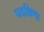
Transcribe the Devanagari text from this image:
पदक्षिणा